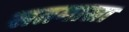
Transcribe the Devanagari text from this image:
सतमासा